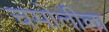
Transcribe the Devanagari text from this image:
चमोलीला